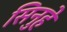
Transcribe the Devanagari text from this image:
सिनुहे